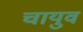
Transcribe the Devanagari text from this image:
चायुव